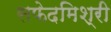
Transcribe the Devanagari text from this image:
सफेदमिश्री